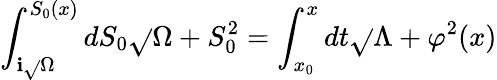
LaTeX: \int_{\mathbf{i}\sqrt{}{\Omega}}^{S_{0}(x)}{dS_{0}\sqrt{}{{\Omega+S_{0}^{2}}}}=\int_{x_{0}}^{x}{dt\sqrt{}{{\Lambda+\varphi^{2}(x)}}}